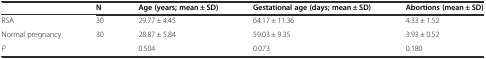
<table><thead><tr><td></td><td><b>N</b></td><td><b>Age (years; mean ± SD)</b></td><td><b>Gestational age (days; mean ± SD)</b></td><td><b>Abortions (mean ± SD)</b></td></tr></thead><tbody><tr><td>RSA</td><td>30</td><td>29.77 ± 4.45</td><td>64.17 ± 11.36</td><td>4.33 ± 1.52</td></tr><tr><td>Normal pregnancy</td><td>30</td><td>28.87 ± 5.84</td><td>59.03 ± 9.35</td><td>3.93 ± 0.52</td></tr><tr><td><i>P</i></td><td></td><td>0.504</td><td>0.073</td><td>0.180</td></tr></tbody></table>